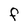
Character: F